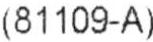
(81109-A)